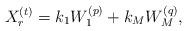
LaTeX: \begin{align*}X_{r}^{(t)}=k_1W_1^{(p)}+k_MW_M^{(q)},\end{align*}